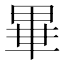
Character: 𤲃